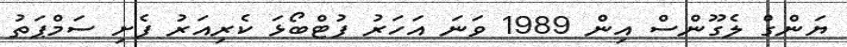
ޔަންގް ލެގޫންސް އިން 1989 ވަނަ އަހަރު ފުޓްބޯޅަ ކެރިއަރު ފެށި ސަމްޕަތު